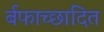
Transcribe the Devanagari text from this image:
र्बफाच्छादित